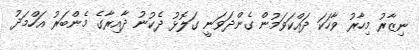
ނިޒާރު މިހާރު ވާހަކަ ދައްކަވަމުން ގެންދަވަނީ ގަލޮޅު ދެކުނު ދާއިރާގެ މެންބަރު އަހްމަދު